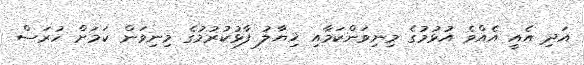
އަދި އެއީ އެއްވެ އުޅުމުގެ މިނިވަންކަމާއި ޚިޔާލު ފާޅުކުރުމުގެ މިނިވަން ކަމަށް ހުރަސް